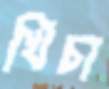
খিঁচা